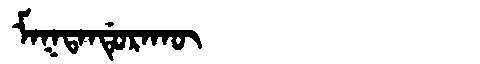
Manchu: ᠮᠠᡴᡨᠠᠨᡩᡠᡵᠠᡴᡡ
Romanization: MAKTANDURAKŪ